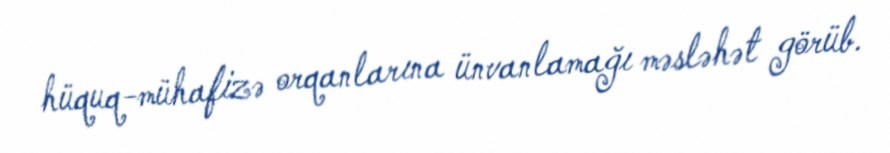
hüquq-mühafizə orqanlarına ünvanlamağı məsləhət görüb.